Senior Leaving Certificate Examination (including Day School Certificate (Higher) General paper), 1950
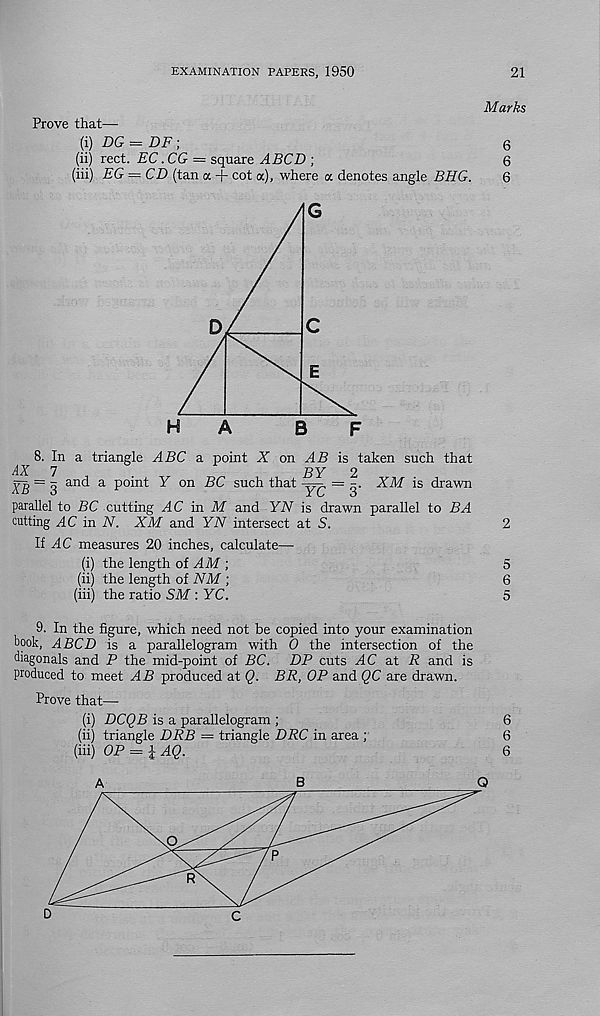
EXAMINATION PAPERS, 1950
21
Marks
Prove that-
(i) DG — DF ;
(ii) rect. EC .CG = square ABCD ;
(iii) EG — CD (tan a + cot a), where a denotes angle BHG.
H
A
B
F
8. In a triangle ABC a point X on AB is taken such that
parallel to BC cutting AC in M and YN is drawn parallel to BA
cutting AC in N. XM and YN intersect at 5.
If AC measures 20 inches, calculate—
(i) the length of AM ;
(ii) the length of NM ;
(iii) the ratio SM : YC.
9. In the figure, which need not be copied into your examination
book, ABCD is a parallelogram with 0 the intersection of the
diagonals and P the mid-point of BC. DP cuts AC at R and is
produced to meet AB produced at Q. BR, OP and QC are drawn.
Prove that—
(i) DCQB is a parallelogram ;
(ii) triangle DRB = triangle DRC in area ;
(iii) OP = lAQ.
A
B
Q
OiCTiOi
OiOSOitO
<T> 0> G)